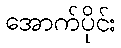
အောက်ပိုင်း